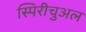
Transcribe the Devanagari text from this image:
स्पिरीचुअल